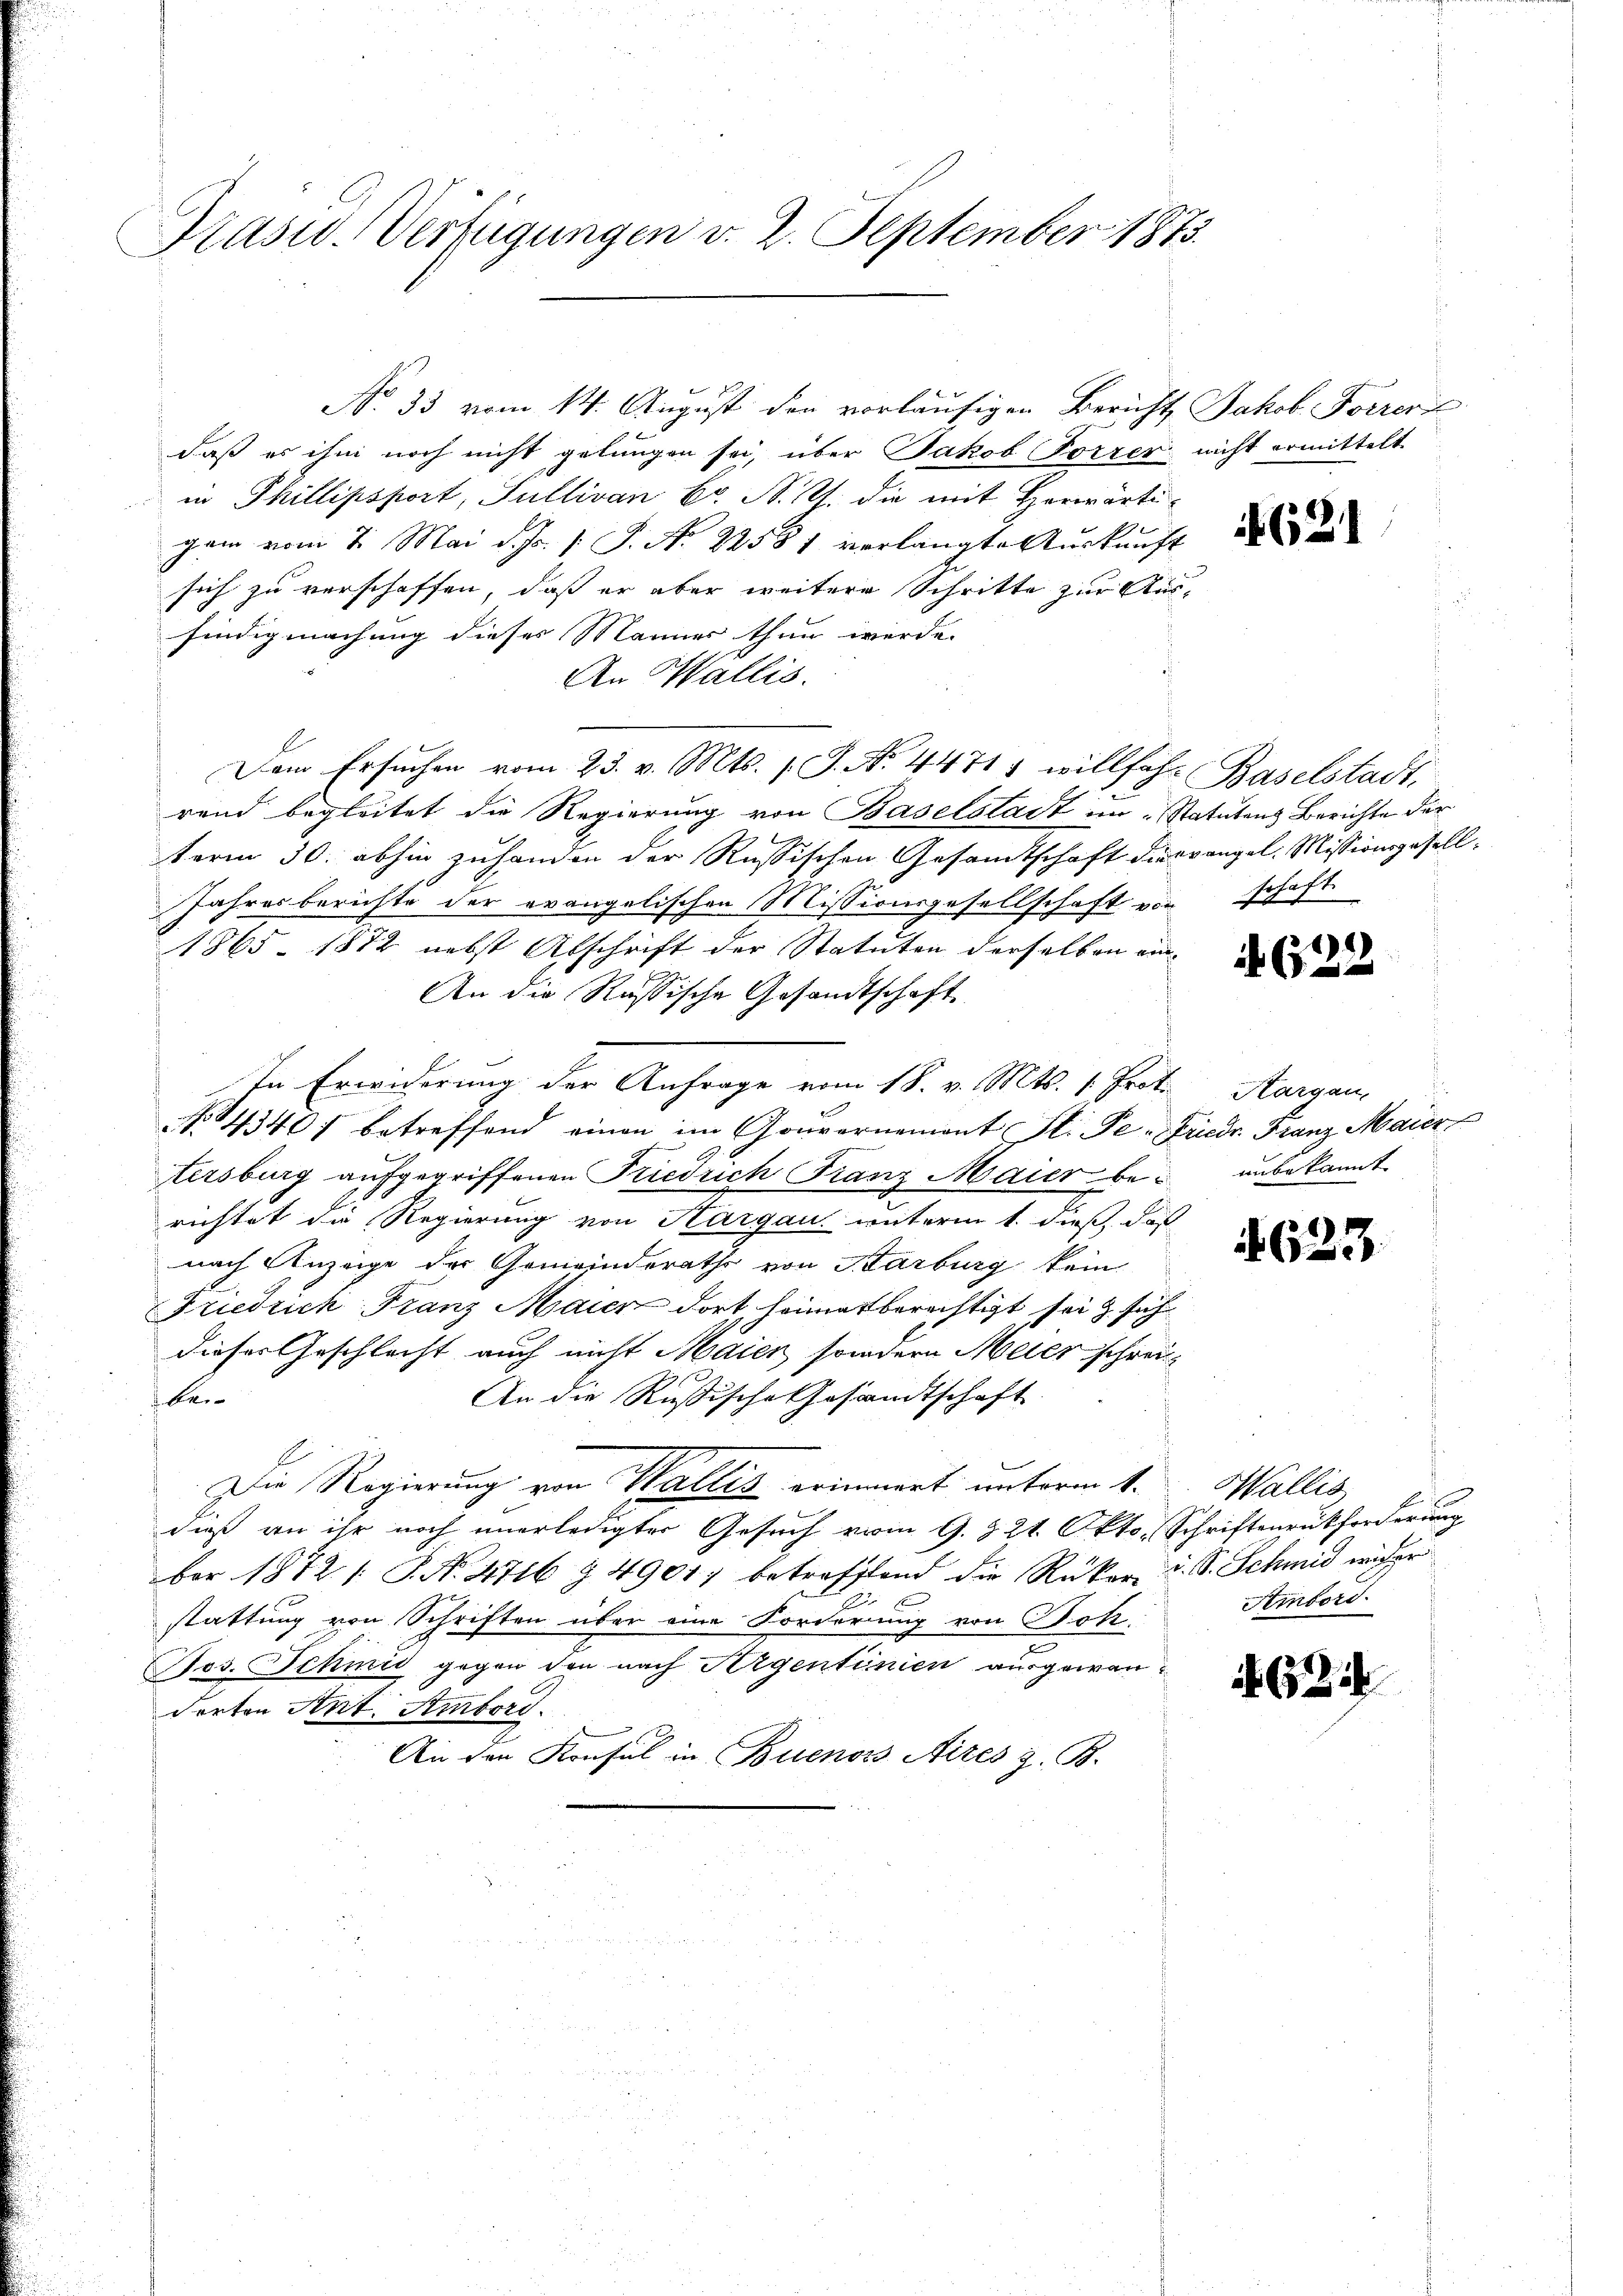
Präsid. Verfügungen v. 2. September 1873.

No 35 vom 14. August den vorläufigen Bericht Jakob Forrers
daß es ihm noch nicht gelungen sei, über Jakob Forrer nicht ermittelt
in Phillipsport, Sullivan C. N. Z. die mit Horwärti-
gan vom 7. Mai d. Js. s. S. No 22581 verlangte Auskunft
sich zu verschaffen, daß er aber weitere Schritte zur Ausfindigmachung dieses Männer thun werde.
An Wallis.
Dem Ersuchen vom 23. v. Mts. 1 S. Nr. 44715 willfahr Baselstadt.
rend begleitet die Regierung von Baselstadt im Statutens Berichte der
term 30. abhin zuhanden der Russischen Gesamtschaft dieevangel. Missionsgesell¬
Jahresberichte der evangelischen Missionsgesellschaft von schaft
1865. 1872 nebst Abschrift der Statuten derselben ein¬
An die Russische Gesandtschaft
In Erwiderung der Anfrage vom 18. v. Mts. 1. Prot.
NNo. 4340 f betreffend einen im Gouvernement St. Pe-Friedr. Franz Maier
tersburg aufgegriffenen Friedrich Franz Maier berichtet die Regierung von Hargau unterm 1. dieß, daß
nach Anzeige der Gemeinderathe von Karburg kein
Friedrich Franz Maier dort heimat berechtigt sei & sich
dieser Geschlecht auch nicht Maien sondern Meier schrei¬
An die Rußische Gesandtschaft.
bei-
Die Regierung von Wallis erinnert unterm 1.
dieß an ihr noch unerledigter Gesuch vom 9. 821. Okto. Schriftenrückforderung
ber 1872 /: P. No. 4716 § 4901) betreffend die Rüker u. S. Schmid wider
stattung von Schriften über eine Forderung von Bok
Jos. Schmid gegen den nach Argentinien ausgewanderten Art. Ambord.
An den Konsul in Buenos Aires z. B.

4 (122

Kargau,
unbekannt.

623.

Wallis
t
Ambord.

624